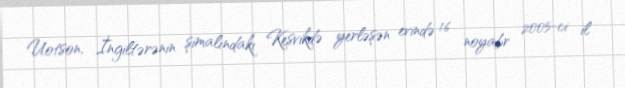
Uotson, İngiltərənin şimalındakı Kesvikdə yerləşən evində 16 noyabr 2005-ci il